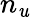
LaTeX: n_{\mathit{u}}